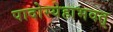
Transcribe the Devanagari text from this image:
पादोस्येहाभवत्